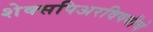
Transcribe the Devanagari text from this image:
शेक्सपिअरविषयीचे